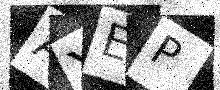
Text: AYEP